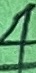
Text: 4